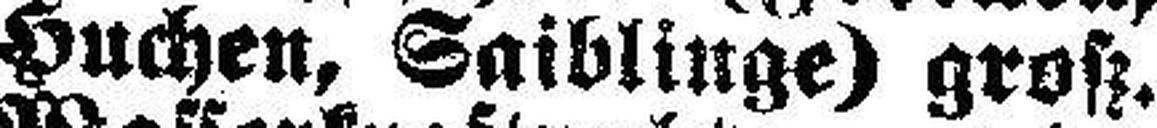
Huchen, Saiblinge) groß.